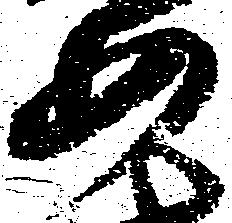
如